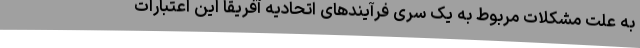
به علت مشکلات مربوط به یک سری فرآیندهای اتحادیه آفریقا این اعتبارات